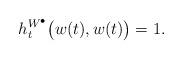
LaTeX: \begin{align*}h^{W^\bullet}_t\big(w(t),w(t)\big) = 1.\end{align*}